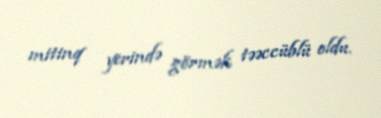
mitinq yerində görmək təəccüblü oldu.